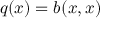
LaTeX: q ( x ) = b ( x , x )